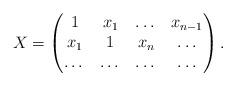
LaTeX: \begin{align*}X=\begin{pmatrix}1 & x_1 & \dots & x_{n-1}\\x_1 & 1 & x_n & \dots\\\dots & \dots & \dots &\dots\end{pmatrix}.\end{align*}